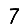
Digit: 7